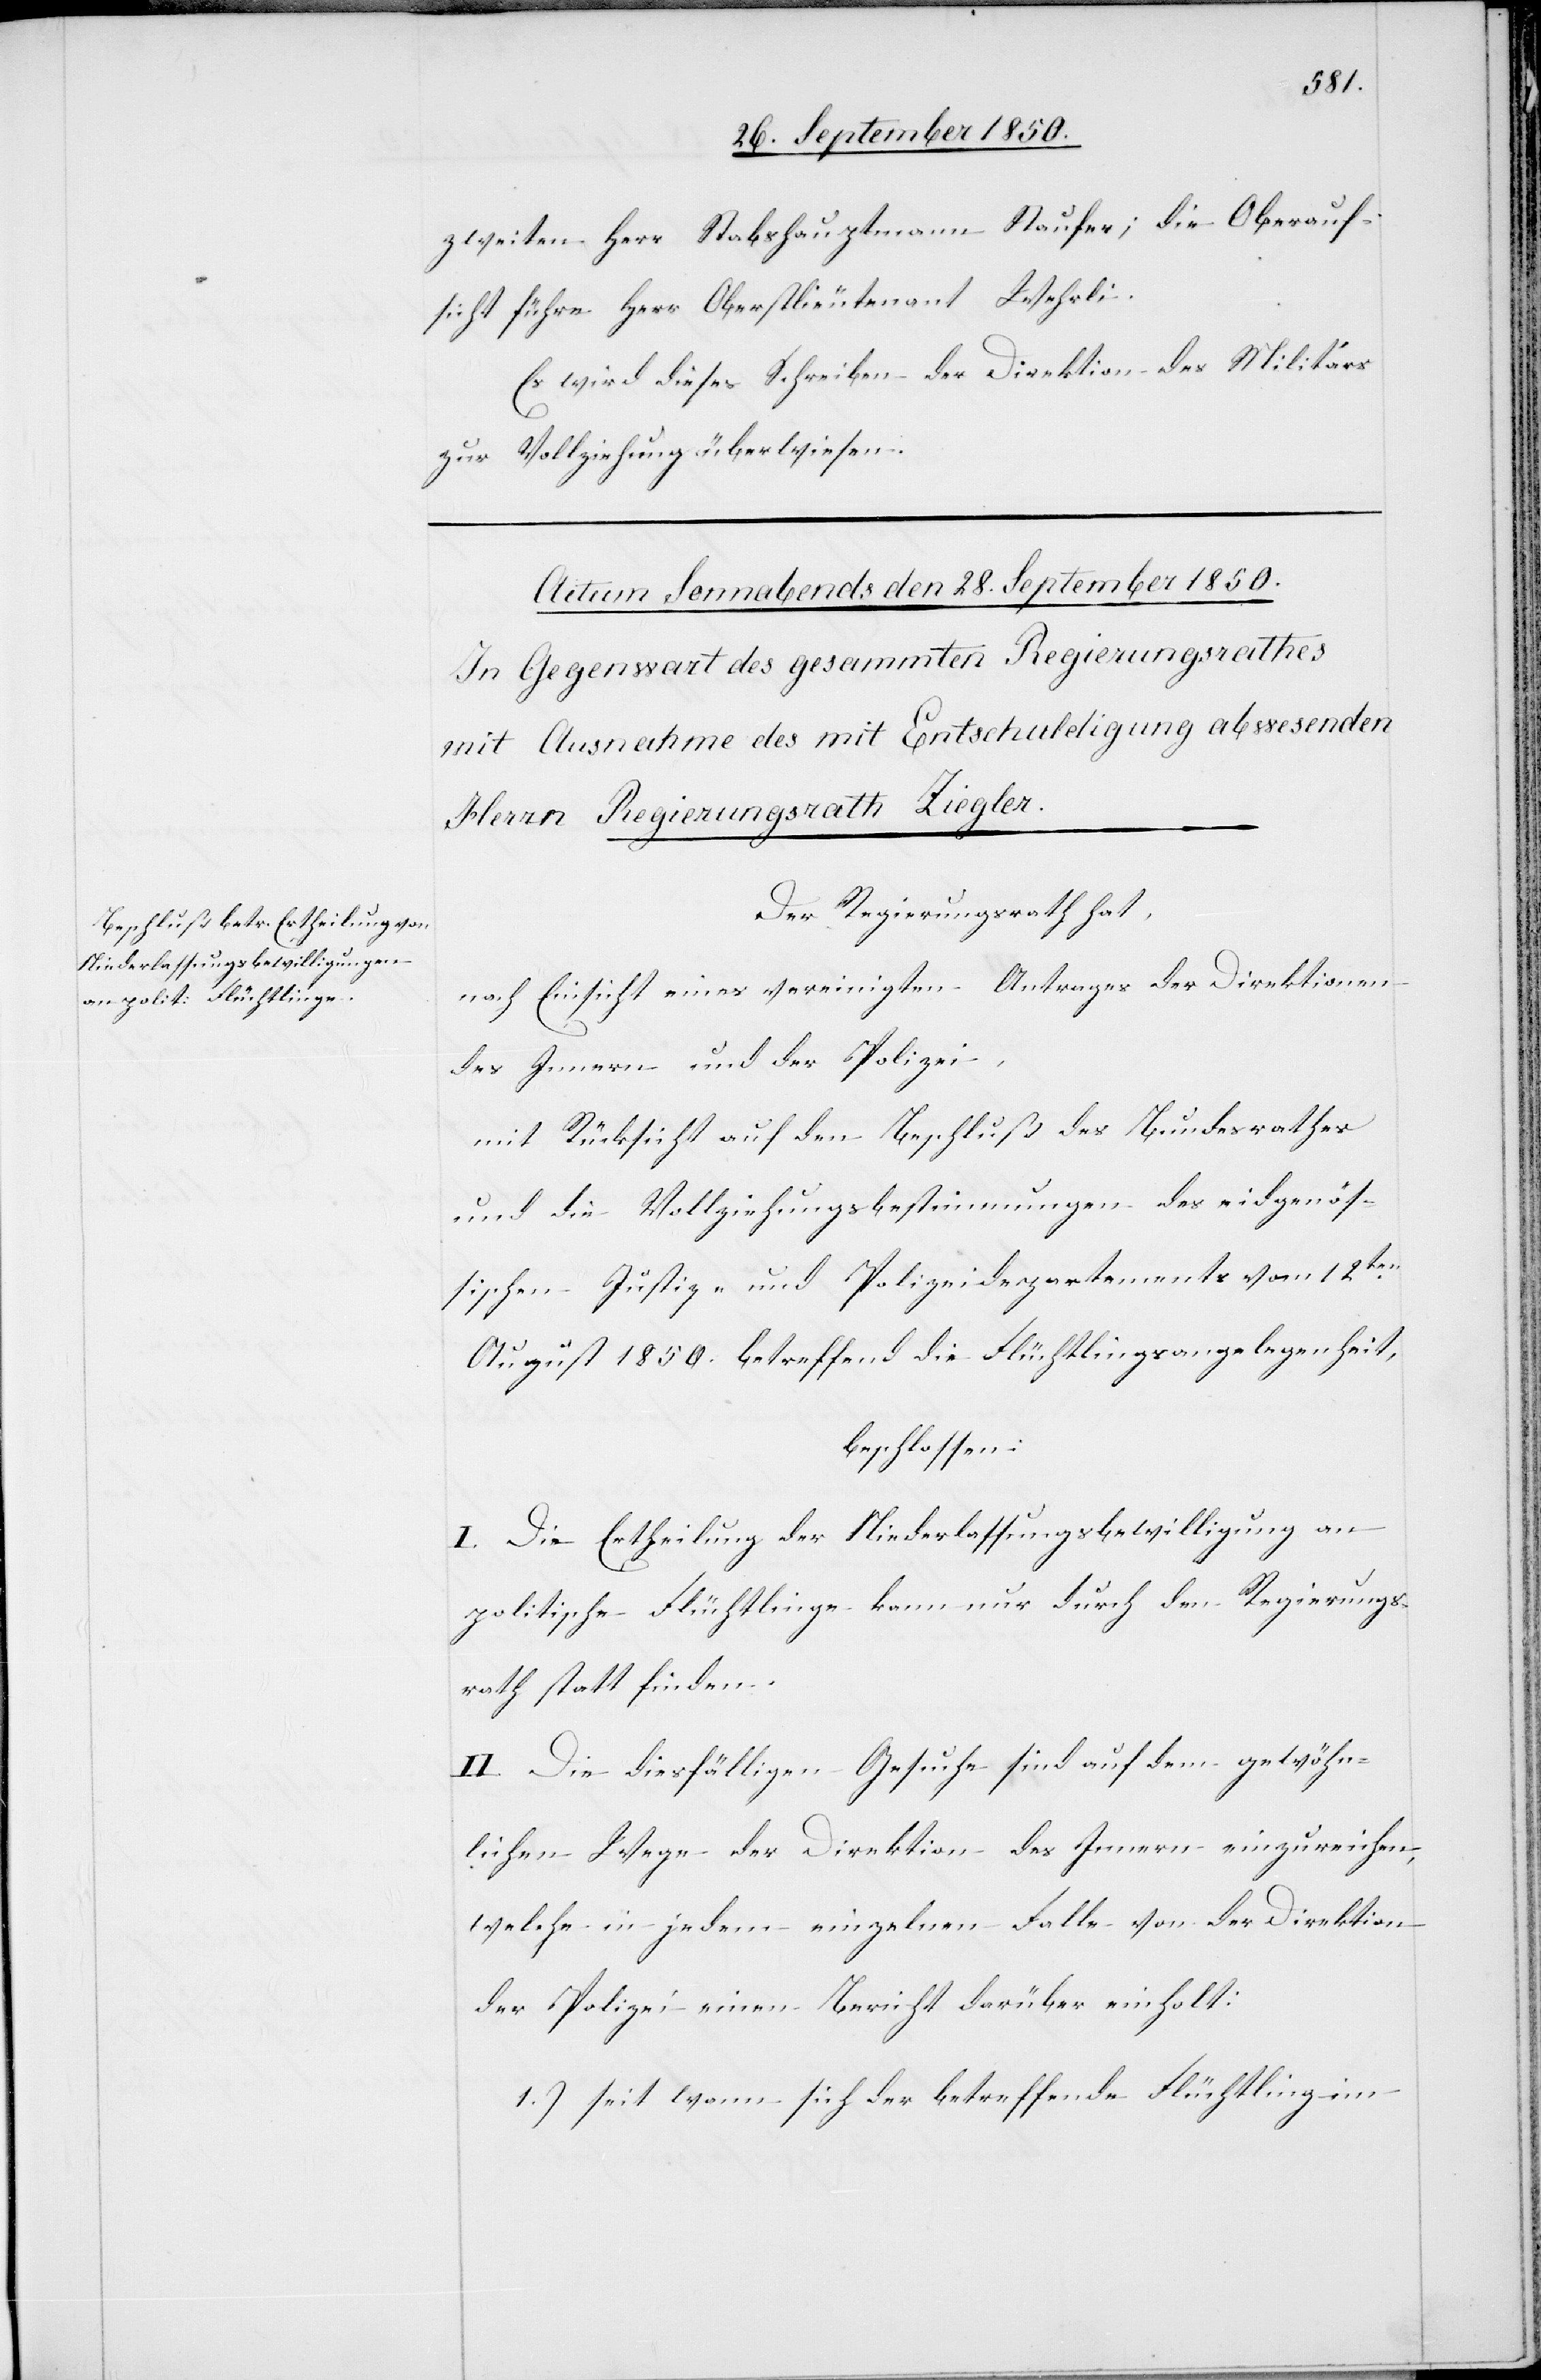
zweiten Herr Stabshauptmann Staufer; die Oberauf¬
sicht führe Herr Oberstlieutenant Wehrli.
Es wird dieses Schreiben der Direktion des Militärs
zur Vollziehung überwiesen.
Der Regierungsrath hat,
nach Einsicht eines vereinigten Antrages der Direktionen
des Innern und der Polizei,
mit Rücksicht auf den Beschluß des Bundesrathes
und die Vollziehungsbestimmungen der eidgenös¬
sischen Justiz- und Polizeidepartements vom 12ten
August 1850. betreffend die Flüchtlingsangelegenheit,
beschloßen:
I. Die Ertheilung der Niederlassungsbewilligung an
politische Flüchtlinge kann nur durch den Regierungs¬
rath statt finden.
II. Die diesfälligen Gesuche sind auf dem gewöhn¬
lichen Wege der Direktion des Innern einzureichen,
welche in jedem einzelnen Falle von der Direktion
der Polizei einen Bericht darüber einholt:
1.) seit wann sich der betreffende Flüchtling im